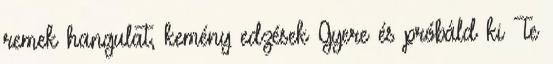
remek hangulat, kemény edzések Gyere és próbáld ki Te